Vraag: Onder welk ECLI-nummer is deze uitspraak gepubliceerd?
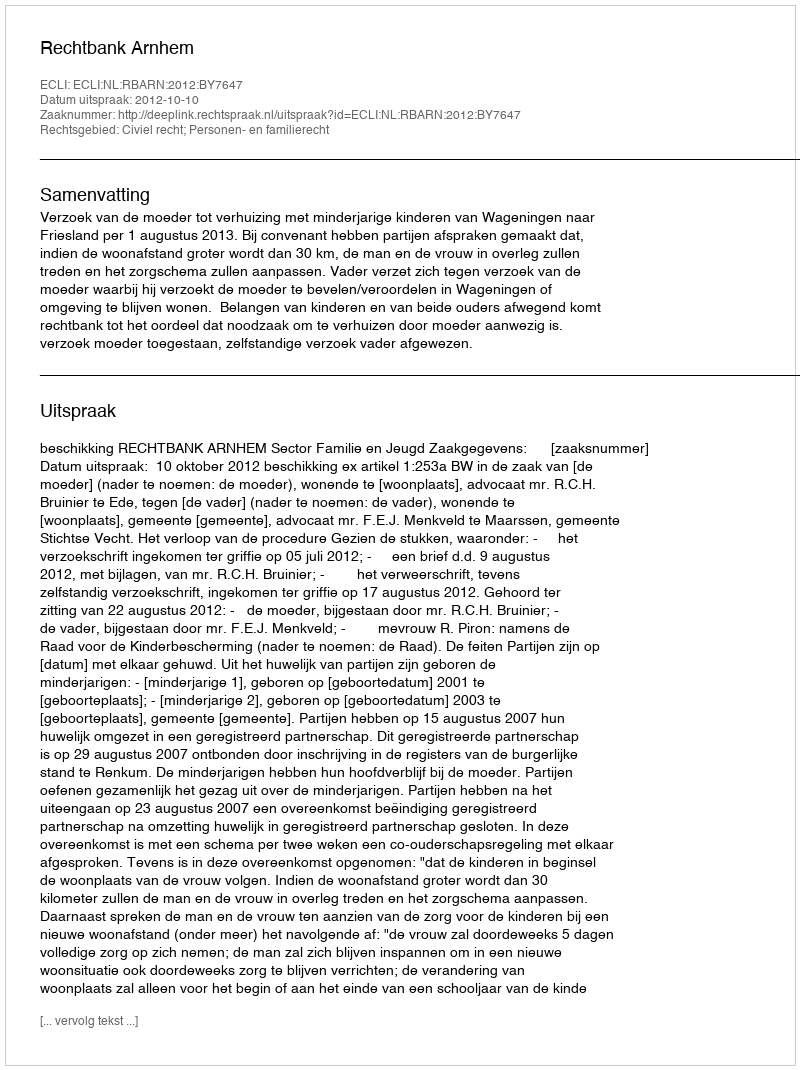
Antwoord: ECLI:NL:RBARN:2012:BY7647